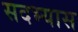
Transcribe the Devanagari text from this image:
सदभ्यास